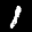
Label: 1